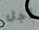
أجل